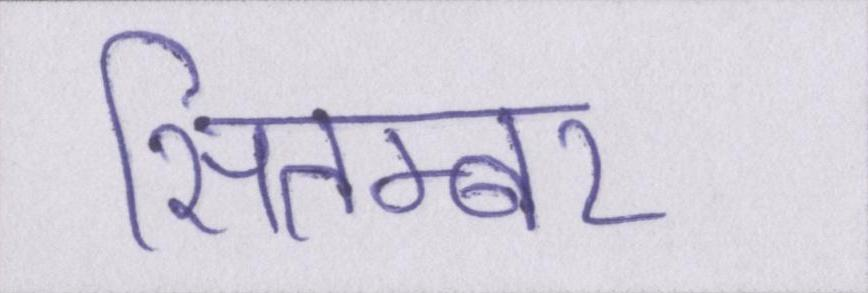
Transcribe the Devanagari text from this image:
सितम्बर